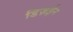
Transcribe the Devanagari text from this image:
डिज़ईन